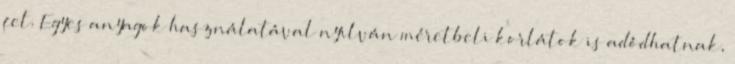
fel. Egyes anyagok használatával nyilván méretbeli korlátok is adódhatnak,